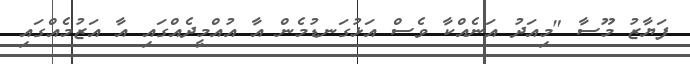
ފަޔާޒު މޫސާ "މިއަދު އަނެއްކާ ވެސް އަޅުގަނޑުމެން އާ އުއްމީދެއްގައި އާ އަޒުމެއްގައި